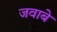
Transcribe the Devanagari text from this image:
जवाबे